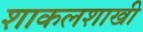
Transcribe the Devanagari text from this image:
शाकलशाखी